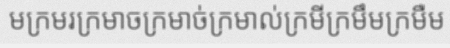
មក្រមរក្រមាចក្រមាច់ក្រមាល់ក្រមីក្រមឹមក្រមឺម